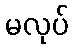
မလုပ်